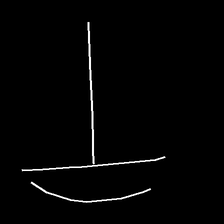
Glyph: dispersion